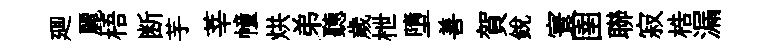
廽麗梧断芋莘幢烘弟聽歲枻墮善賀銳寰圉聯寂梏漏